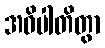
အဓိပါတိတွာ